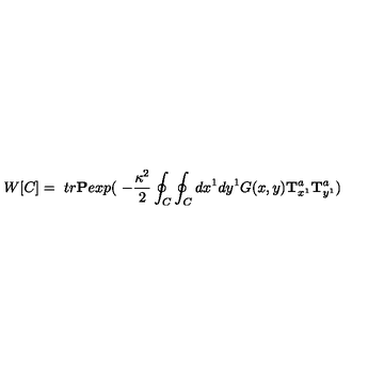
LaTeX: W [ C ] = \ t r \mathrm { \bf P } e x p ( \ - \frac { \kappa ^ { 2 } } { 2 } \oint _ { C } \oint _ { C } d x ^ { 1 } d y ^ { 1 } G ( x , y ) \mathrm { \bf T } _ { x ^ { 1 } } ^ { a } \mathrm { \bf T } _ { y ^ { 1 } } ^ { a } )